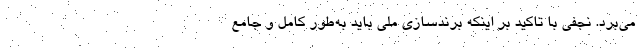
می‌برد. نجفی با تاکید بر اینکه برندسازی ملی باید به‌طور کامل و جامع